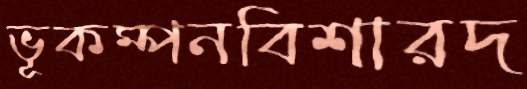
ভূকম্পনবিশারদ